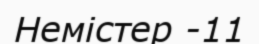
Немістер -11